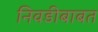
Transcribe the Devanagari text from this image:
निवडीबाबत